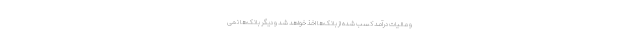
و مالیات درآمد کسب شده از بانک‌ها اخذ خواهد شد و دیگر بانک‌ها نمی